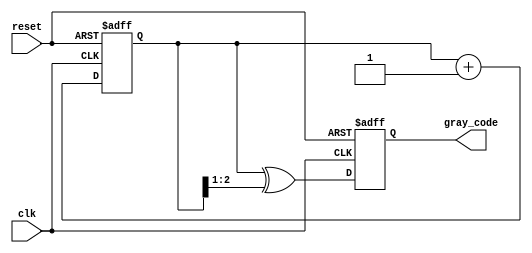
module gray_code_counter (
    input wire clk,               // Clock signal
    input wire reset,             // Asynchronous reset signal
    output reg [N-1:0] gray_code  // Output Gray code
);
    parameter N = 3; // Number of bits for the Gray code counter

    // Internal binary counter to keep track of the count
    reg [N-1:0] binary_count;

    // Function to convert binary to Gray code
    function [N-1:0] binary_to_gray;
        input [N-1:0] bin;
        begin
            binary_to_gray = bin ^ (bin >> 1);
        end
    endfunction

    // Always block for the synchronous reset and counting
    always @(posedge clk or posedge reset) begin
        if (reset) begin
            binary_count <= 0; // Reset binary count to 0
            gray_code <= binary_to_gray(0); // Reset Gray code to 0
        end else begin
            binary_count <= binary_count + 1; // Increment binary count
            gray_code <= binary_to_gray(binary_count); // Update Gray code
        end
    end

endmodule